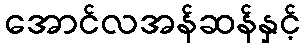
အောင်လအန်ဆန်နှင့်